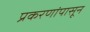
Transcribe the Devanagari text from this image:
प्रकरणांपासून